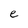
Character: e